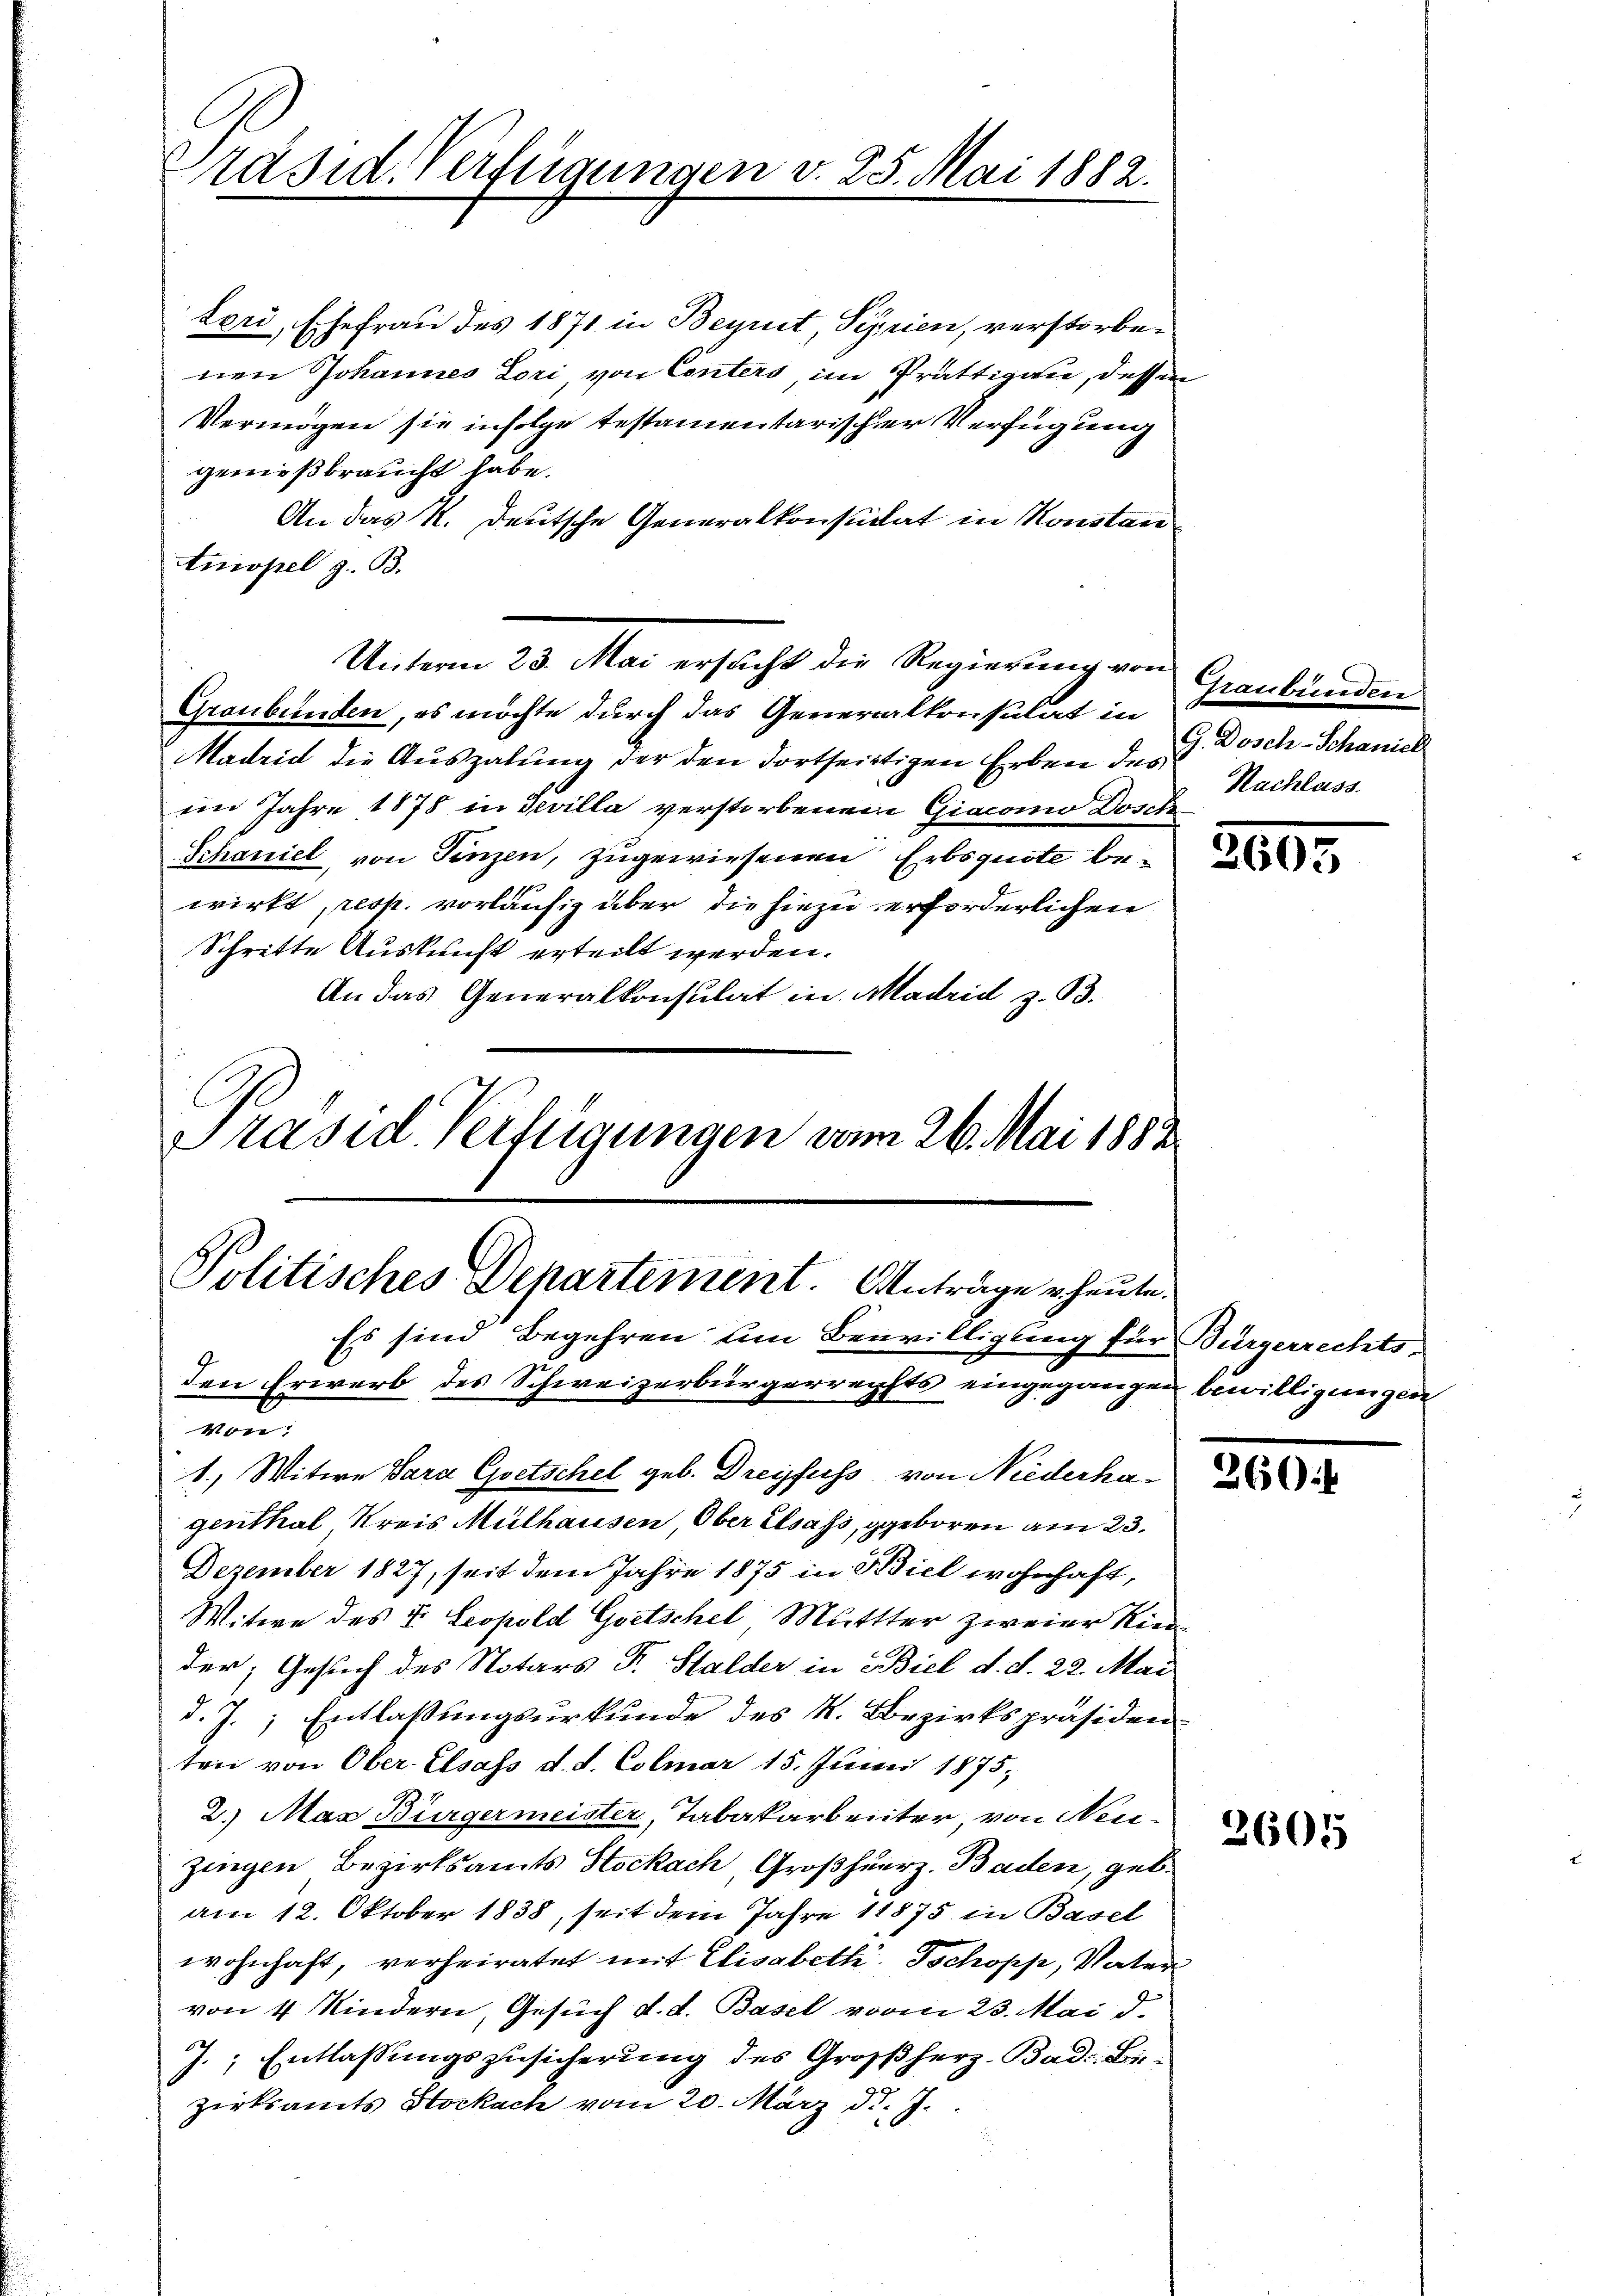
räsid. Verfügungen v. 25. Mai 1882.

teri, Ehefrau des 1871 in Beyret, Pepzien, verstorbenen Johannes Lori, von Conters, im Prättigau, dessen
Vermögen sie infolge testamentarischer Verfügung
genießbraucht habe.
An das K. Deutsche Generalkonsulat in Konstan
tinopel z. B.
Gronbünden, es möchte durch das Generalkonsulat in
Madrid die Auszahlung der den dortseitigen Erben des
iin Jahre 1878 in Tevilla verstorbenen Giacomo Dosch
Schaniel, von Finzen, zugewiesenen Erbsquote bewirkt, resp. vorläufig über die hiezu erforderlichen
Schritte Auskunft erteilt werden.
An das Generalkonsulat in Madrid z. B.
Präsid. Verfügungen vom 26. Mai 1882

Unterm 23. Mai ersucht die Regierung von

Politisches Departement. Anträge heute.
Es sind Begehren um Bewilligung für Bürgerrechts-

Graubünden
G. Dosch-Schaniel
Nachlass.

den Erwerb des Schweizerbürgerrechts eingegangen bewilligungen
Von
1., Witwe Bara Goetschel geb. Dreyfuss von Niederhagenthal Kreis Mülhausen Ober Elsass, geboren am 23.
Dezember 1827, seit dem Jahre 1875 in Biel wohnhaft,
Mitwe des V. Leopold Gsetschel Mutter zweier Kien
der; Gesuch des Notars Fr. Stalder in Biel d. d. 22. Mai
d. J., Entlaßungsurkunde des K. Bezirkspräsiden
ten von Ober- Elsass d. d. Colmar 15. Junii 1875;
2. Max Bürgermeister, Tabakarbeiter, von Neuzingen Bezirksamts Stockach, Großherz. Baden, geb.
am 12. Oktober 1838, seit dem Jahre 1875 in Basel
wohnhaft, verheiratet mit Elisabeth, Tschopp, Vater
von 4 Kindern, Gesuch d. d. Basel vom 23. Mai d.
J., Entlassungszusicherung des Großherz-Bad. Bezirksamts Stockach vom 20. März d. J.

2607

260:

2605